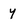
Character: y